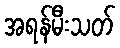
အရန်မီးသတ်